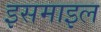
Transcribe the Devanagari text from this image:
इसमाइल